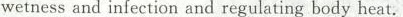
wetness and infection and regulating body heat.